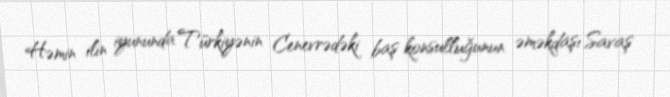
Həmin ilin iyununda Türkiyənin Cenevrədəki baş konsulluğunun əməkdaşı Savaş